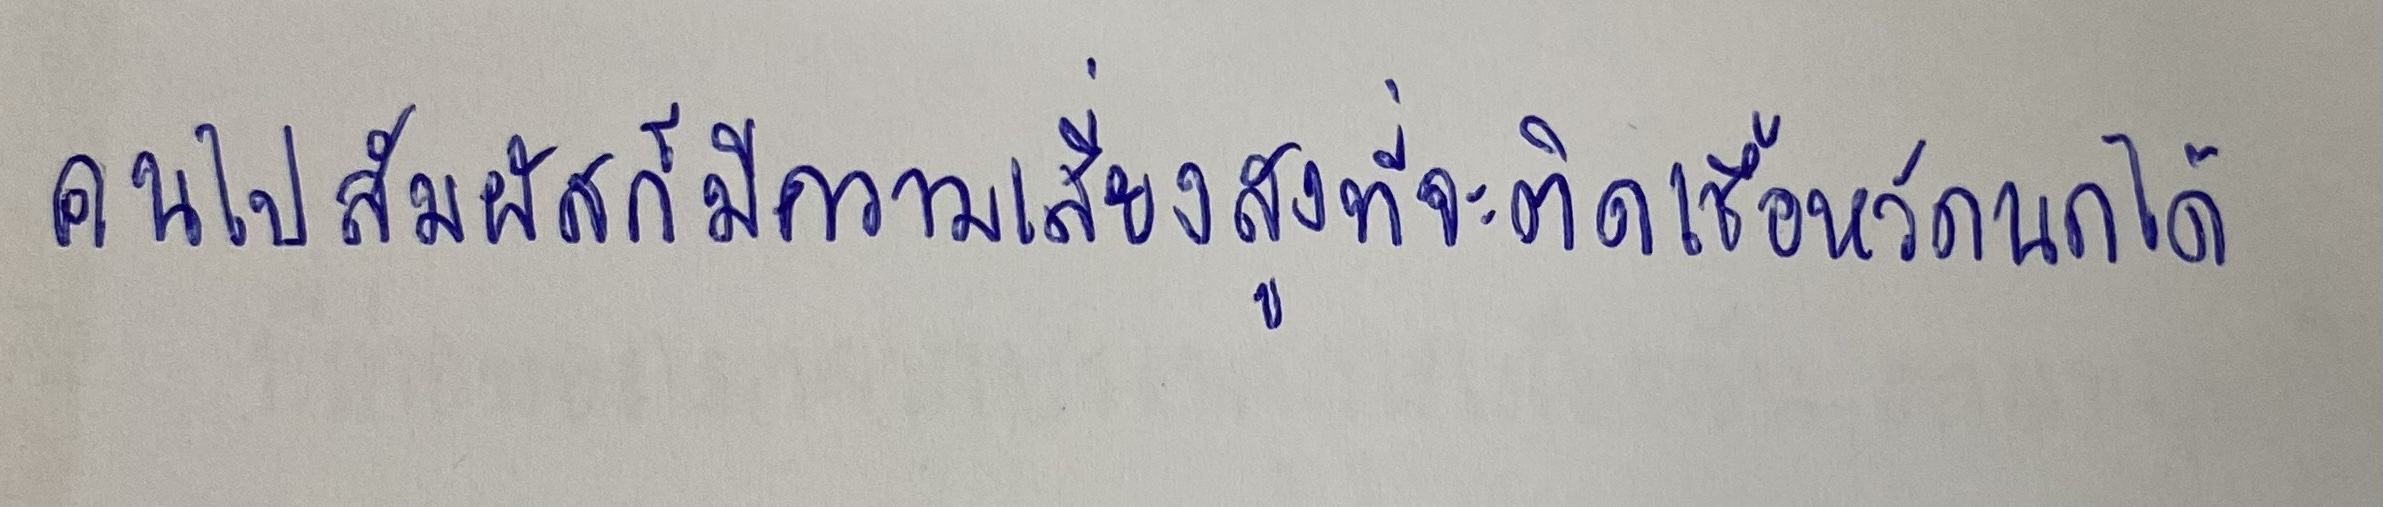
คนไปสัมผัสก็มีความเสี่ยงสูงที่จะติดเชื้อหวัดนกได้